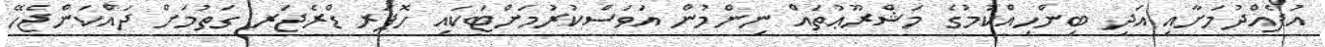
އުފެއްދުމަށާއި އަދި ބިންހިއްކުމުގެ މަޝްރޫޢުތައް ނިންމުން އަވަސްކުރުމަށްޓަކައި ހޮޕަރ ޑްރެޖަރ ގަތުމަށް ދައްކަންޖެހޭ